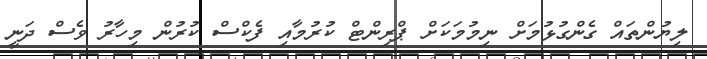
ލިޔުންތައް ގެންގުޅުމަށް ނިމުމަކަށް ޕްރިންޓް ކުރުމާއި ފެކްސް ކުރުން މިހާރު ވެސް ދަނީ